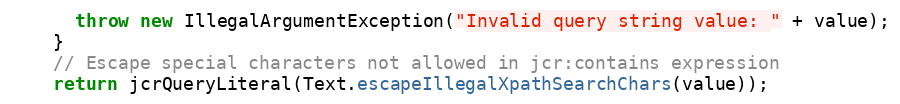
Language: Java
      throw new IllegalArgumentException("Invalid query string value: " + value);
    }
    // Escape special characters not allowed in jcr:contains expression
    return jcrQueryLiteral(Text.escapeIllegalXpathSearchChars(value));